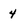
Character: 4